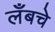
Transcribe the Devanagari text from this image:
लँबचे